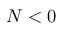
N < 0